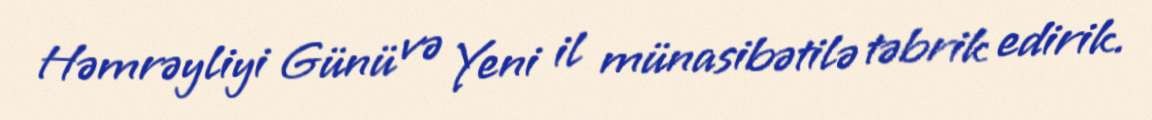
Həmrəyliyi Günü və Yeni il münasibətilə təbrik edirik.